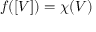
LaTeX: f ( [ V ] ) = \chi ( V )